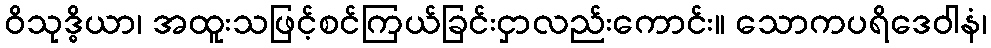
ဝိသုဒ္ဓိယာ၊ အထူးသဖြင့်စင်ကြယ်ခြင်းငှာလည်းကောင်း။ သောကပရိဒေဝါနံ၊